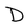
Character: D